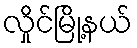
လှိုင်မြို့နယ်